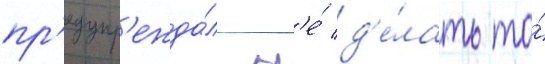
пр'едупр'ежда́л н'е́ д'е́лать то́